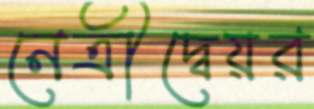
নেত্রীদ্বেয়র